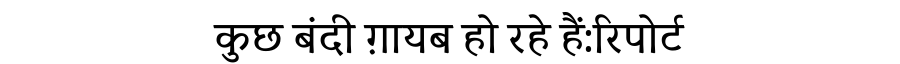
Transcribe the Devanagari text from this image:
कुछ बंदी ग़ायब हो रहे हैं:रिपोर्ट